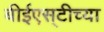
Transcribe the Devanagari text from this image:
बीईएस्‌टीच्या